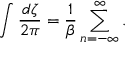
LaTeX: \int { \frac { d \zeta } { 2 \pi } } = { \frac { 1 } { \beta } } \sum _ { n = - \infty } ^ { \infty } .